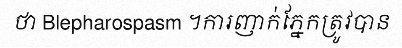
ថា Blepharospasm ។ការញាក់ភ្នែកត្រូវបាន